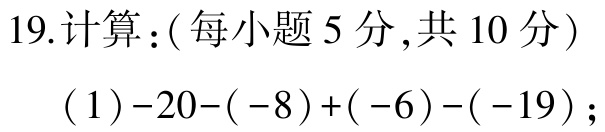
19.计算：(每小题5分,共10分)

(1)$-20-(-8)+(-6)-(-19)$；